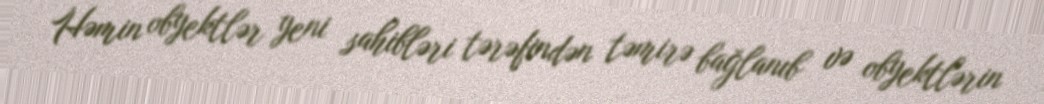
Həmin obyektlər yeni sahibləri tərəfindən təmirə bağlanıb və obyektlərin